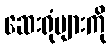
ဆေးရုံများကို